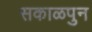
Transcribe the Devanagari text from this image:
सकाळपुन